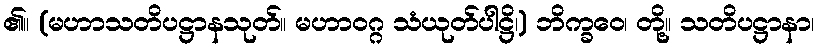
၏။ (မဟာသတိပဋ္ဌာနသုတ်။ မဟာဝဂ္ဂ သံယုတ်ပါဋ္ဌိ၊) ဘိက္ခဝေ၊ တို့။ သတိပဋ္ဌာနာ၊